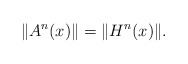
\begin{align*}\|A\sp n(x)\|=\|H\sp n(x)\|.\end{align*}